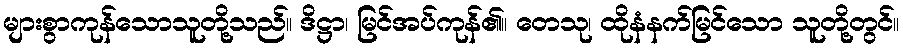
များစွာကုန်သောသူတို့သည်။ ဒိဋ္ဌာ၊ မြင်အပ်ကုန်၏။ တေသု၊ ထိုနံနက်မြင်သော သူတို့တွင်။